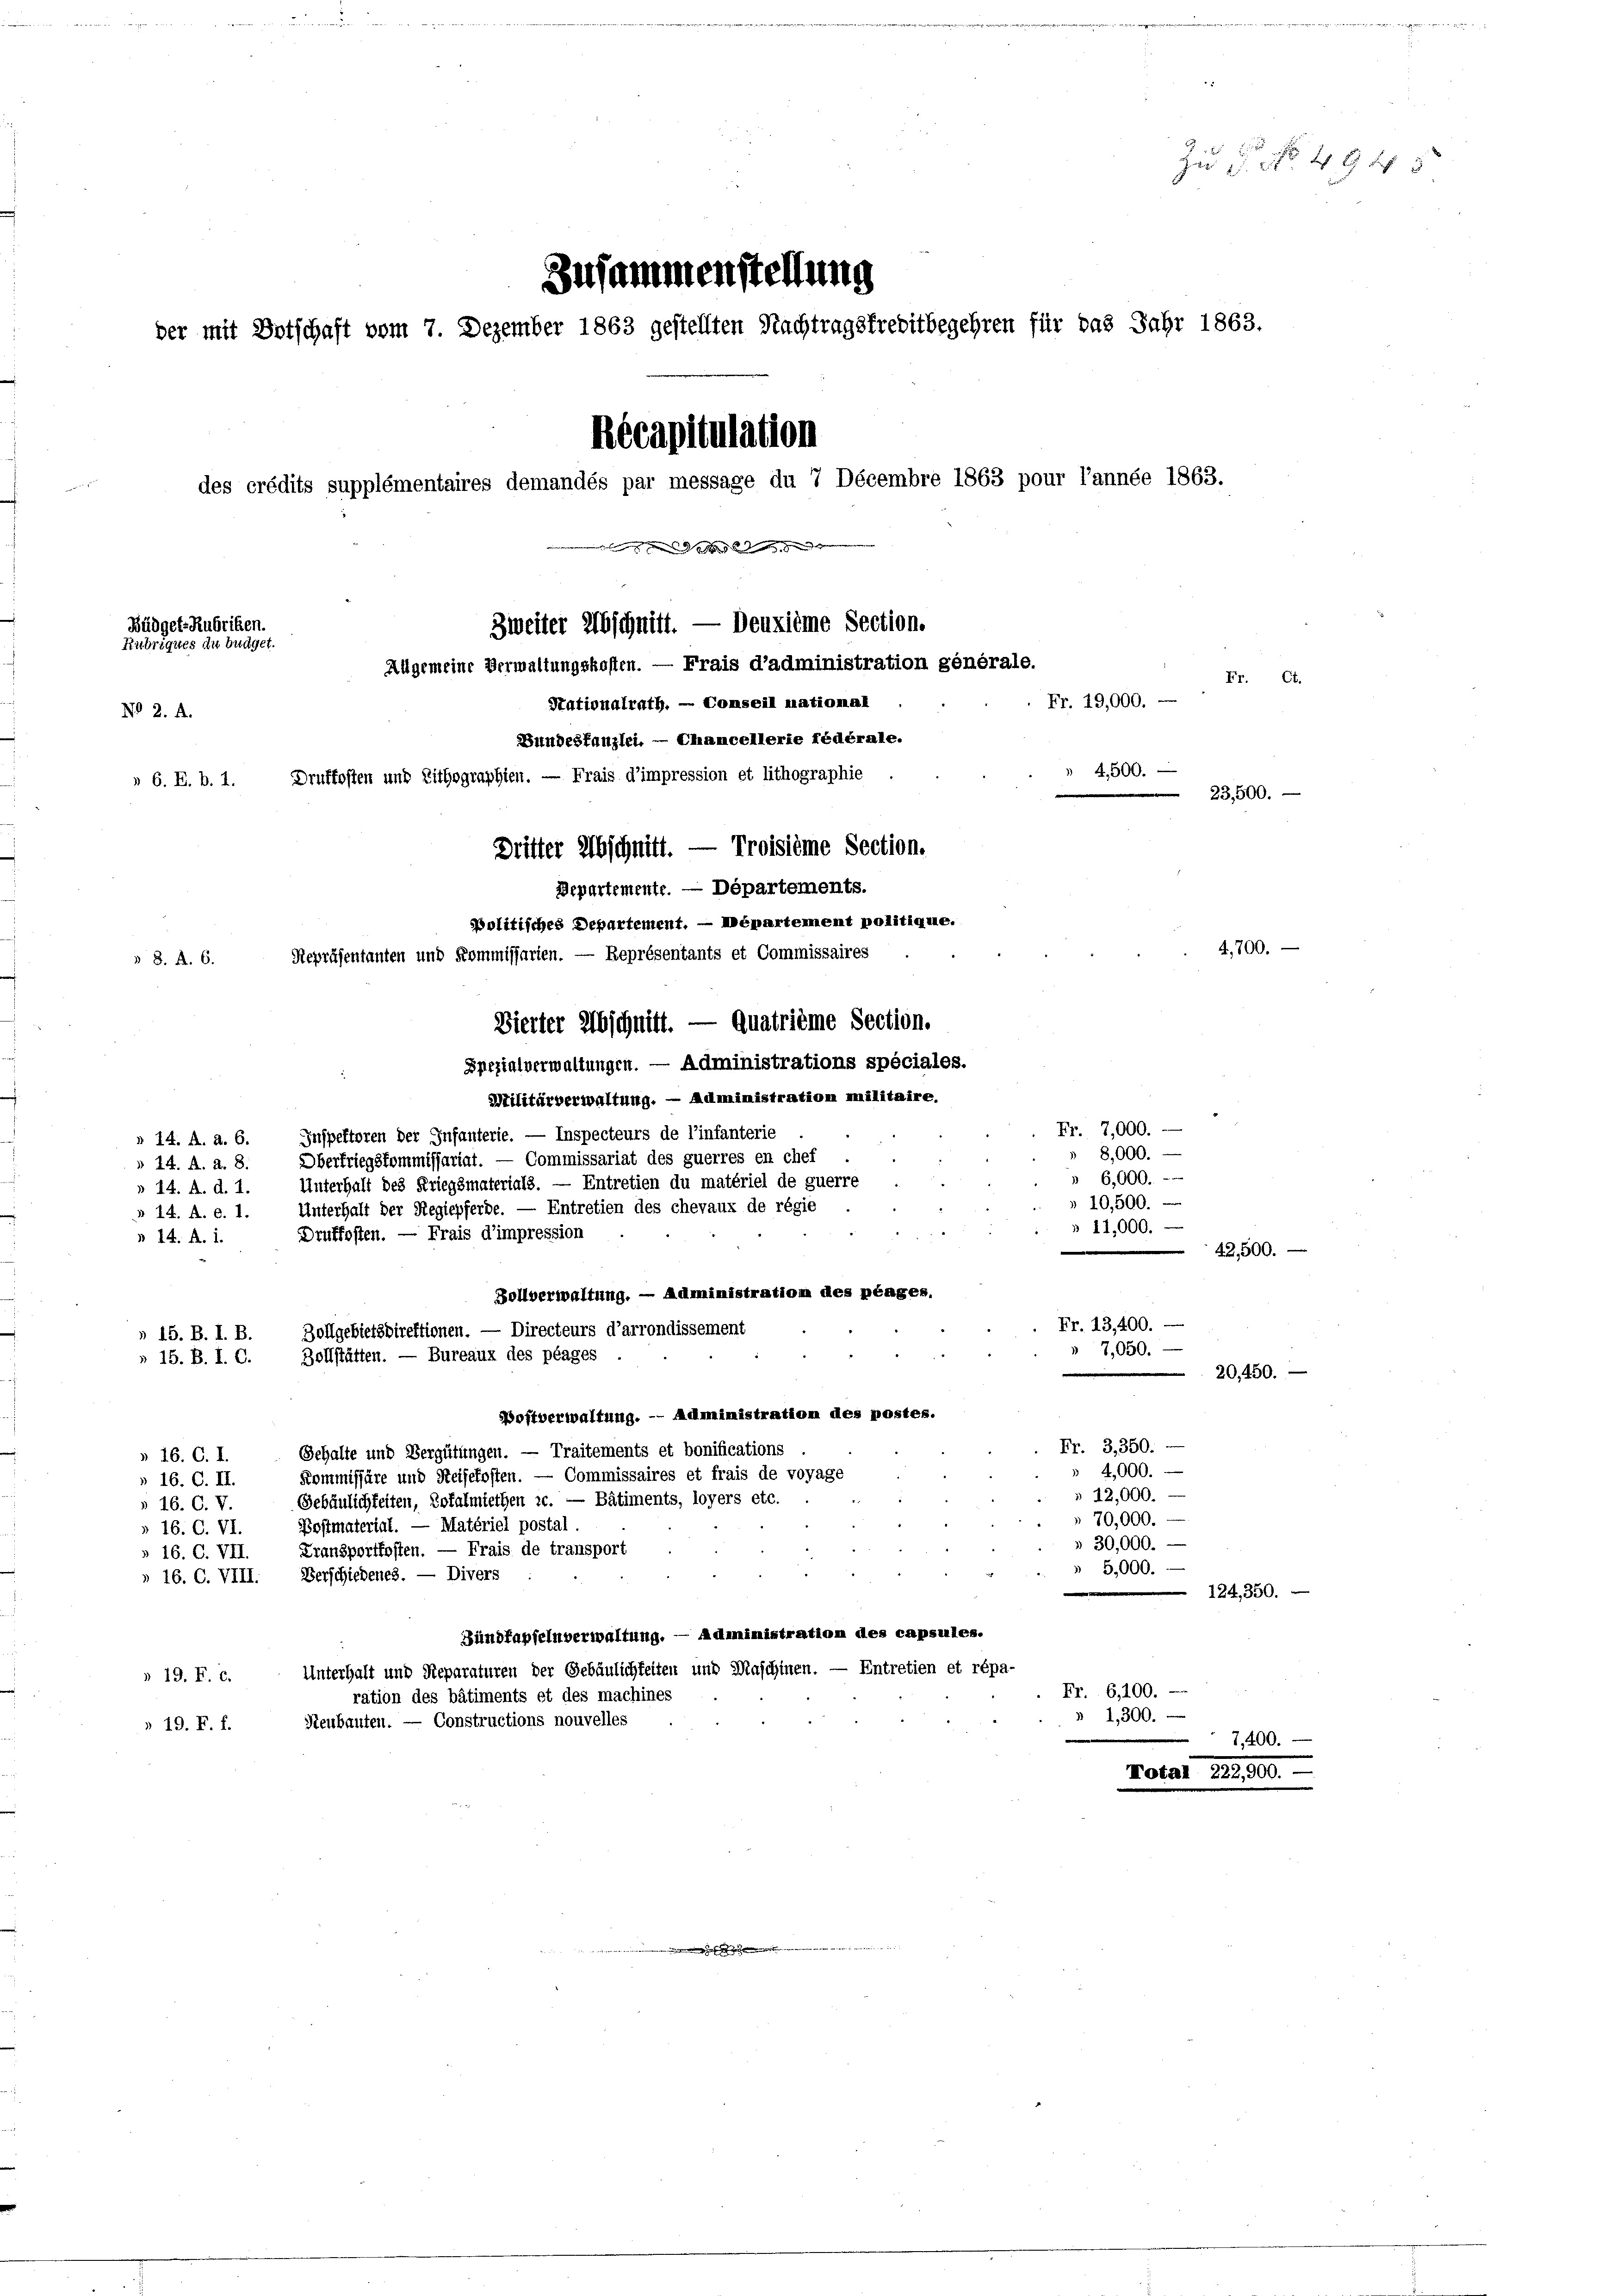
Zu 1. No. 494 5
Zusammenstellung
Récapitulation
des crédits supplémentaires demandés par message du 7 Décembre 1863 pour l’année 1863.
  und es
Büdget-Rubriken.
Zweiter Abschnitt. — Deuxième Section.
Rubriques in Budget.

Allgemeine Verwaltungskosten. — Frais d’administration générale.
Fr. Ct.
Stationalrath. - Conseil national
No 2. A.
Bundeskanzlei. — Chancellerie fédérale.
4,500.
 6. E. b. 1. Druffosten und Lithographien. — Frais d’impression et lithographie
23,500.
Dritter Abschnitt. — Troisième Section.
Departemente. — Departements.
spolitisches Departement. — Mépartement politique.
Repräsentanten und Kommissarien. — Représentants et Commissaires
» 8. A. 6.
Vierter Abschnitt. — Quatrième Section.
Spezialverwaltungen. — Administrations spéciales.
Militärverwaltung. — Administration militaire.
Fr. 7,000.
n 14. A. a. 6. Inspektoren der Infanterie. — Inspecteurs de l’infanterie
8,000.
Oberfriegskommissariat. — Commissariat des guerres en chef
§ 24. A. A. 8.
6,000.
Unterhalt des Kriegsmaterials. — Entretien du matériel de guerre
» 14. A. d. 1.
 10,500. —
Unterhalt der Regiepferde. — Entretien des chevaux de régie
N 14. A. e. 1.
» 11,000.
Druffosten. — Frais d’impression
n 14. A. 1.
42,500.
Zollverwaltung. — Administration des pengen.
Fr. 13,400. —
Zollgebietsdirektionen. — Directeurs d’arrondissement
n 15. B. I. B.
 7,050. —
Zollstätten. — Bureaux des plages
» 15. B. I. C.
20, 450.
Wostverwaltung. - Administration des postes.
Fr. 3,350. —
Gehalte und Vergütungen. — Traitements et bonifications
» 26. C. I.
 4,000.
Kommissäre und Reisekosten. — Commissaires et frais de voyage
» 16. O. II.
 12,000.
Gebäulichkeiten, Zofalmiethen sc. — Bâtiments, loyers etc.
 16. C. V.
 70,000.
Postmaterial. — Matériel postal.
» 16. C. VI.
» 30,000.
Fransportkosten. — Frais de transport
» 16. C. VII.
5,000.
» 16. C. VIII. Verschiedenes. — Divers
124,350.
Fündfapfeln verwaltung. — Administration des capsules.
n 19. F. c. Unterhalt und Reparaturen der Gebäulichkeiten und Maschinen. — Entretien et répa-
Fr. 6,100.
ration des bâtiments et des machines
1,300.
» 19. F. f. Neubauten. — Constructions nouvelles
7,400.
Notar 222,900.

der mit Ortschaft vom 7. Dezember 1863 gestellten Nachtragsfreditbegehren für das Jahr 1863.

Fr. 19,000. —

4,700.